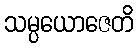
သမ္ပယောဇေတိ